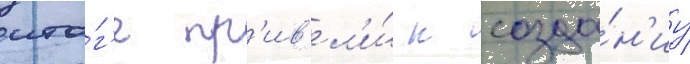
ито́г'е пр'ив'ел'и́ к созда́н'иу